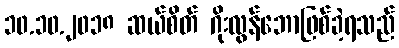
၁၀.၁၀.၂၀၁၈ ဆယ်စိတ် ဂိုးလွန်ဘောဖြစ်ခဲ့ရသည်